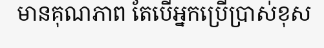
មានគុណភាព តែបើអ្នកប្រើប្រាស់ខុស